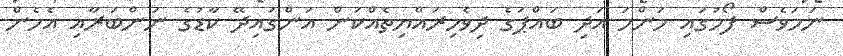
ނަމަވެސް ފޯމުގައި މަންމަ އަދި ބައްޕަގެ ދިވެހިރައްޔިތެއްކަން އަންގައިދޭ ކާޑުގެ ނަންބަރާއި އެހެން